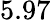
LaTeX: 5.97